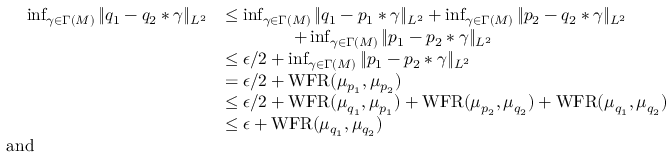
\begin{array} { r l } { \operatorname* { i n f } _ { \gamma \in \Gamma ( M ) } \| q _ { 1 } - q _ { 2 } * \gamma \| _ { L ^ { 2 } } } & { \leq \operatorname* { i n f } _ { \gamma \in \Gamma ( M ) } \| q _ { 1 } - p _ { 1 } * \gamma \| _ { L ^ { 2 } } + \operatorname* { i n f } _ { \gamma \in \Gamma ( M ) } \| p _ { 2 } - q _ { 2 } * \gamma \| _ { L ^ { 2 } } } \\ & { \qquad \qquad + \operatorname* { i n f } _ { \gamma \in \Gamma ( M ) } \| p _ { 1 } - p _ { 2 } * \gamma \| _ { L ^ { 2 } } } \\ & { \leq \epsilon / 2 + \operatorname* { i n f } _ { \gamma \in \Gamma ( M ) } \| p _ { 1 } - p _ { 2 } * \gamma \| _ { L ^ { 2 } } } \\ & { = \epsilon / 2 + \operatorname { W F R } ( \mu _ { p _ { 1 } } , \mu _ { p _ { 2 } } ) } \\ & { \leq \epsilon / 2 + \operatorname { W F R } ( \mu _ { q _ { 1 } } , \mu _ { p _ { 1 } } ) + \operatorname { W F R } ( \mu _ { p _ { 2 } } , \mu _ { q _ { 2 } } ) + \operatorname { W F R } ( \mu _ { q _ { 1 } } , \mu _ { q _ { 2 } } ) } \\ & { \leq \epsilon + \operatorname { W F R } ( \mu _ { q _ { 1 } } , \mu _ { q _ { 2 } } ) } \\ { \mathrm { a n d } \qquad \qquad \qquad \qquad \qquad } \end{array}